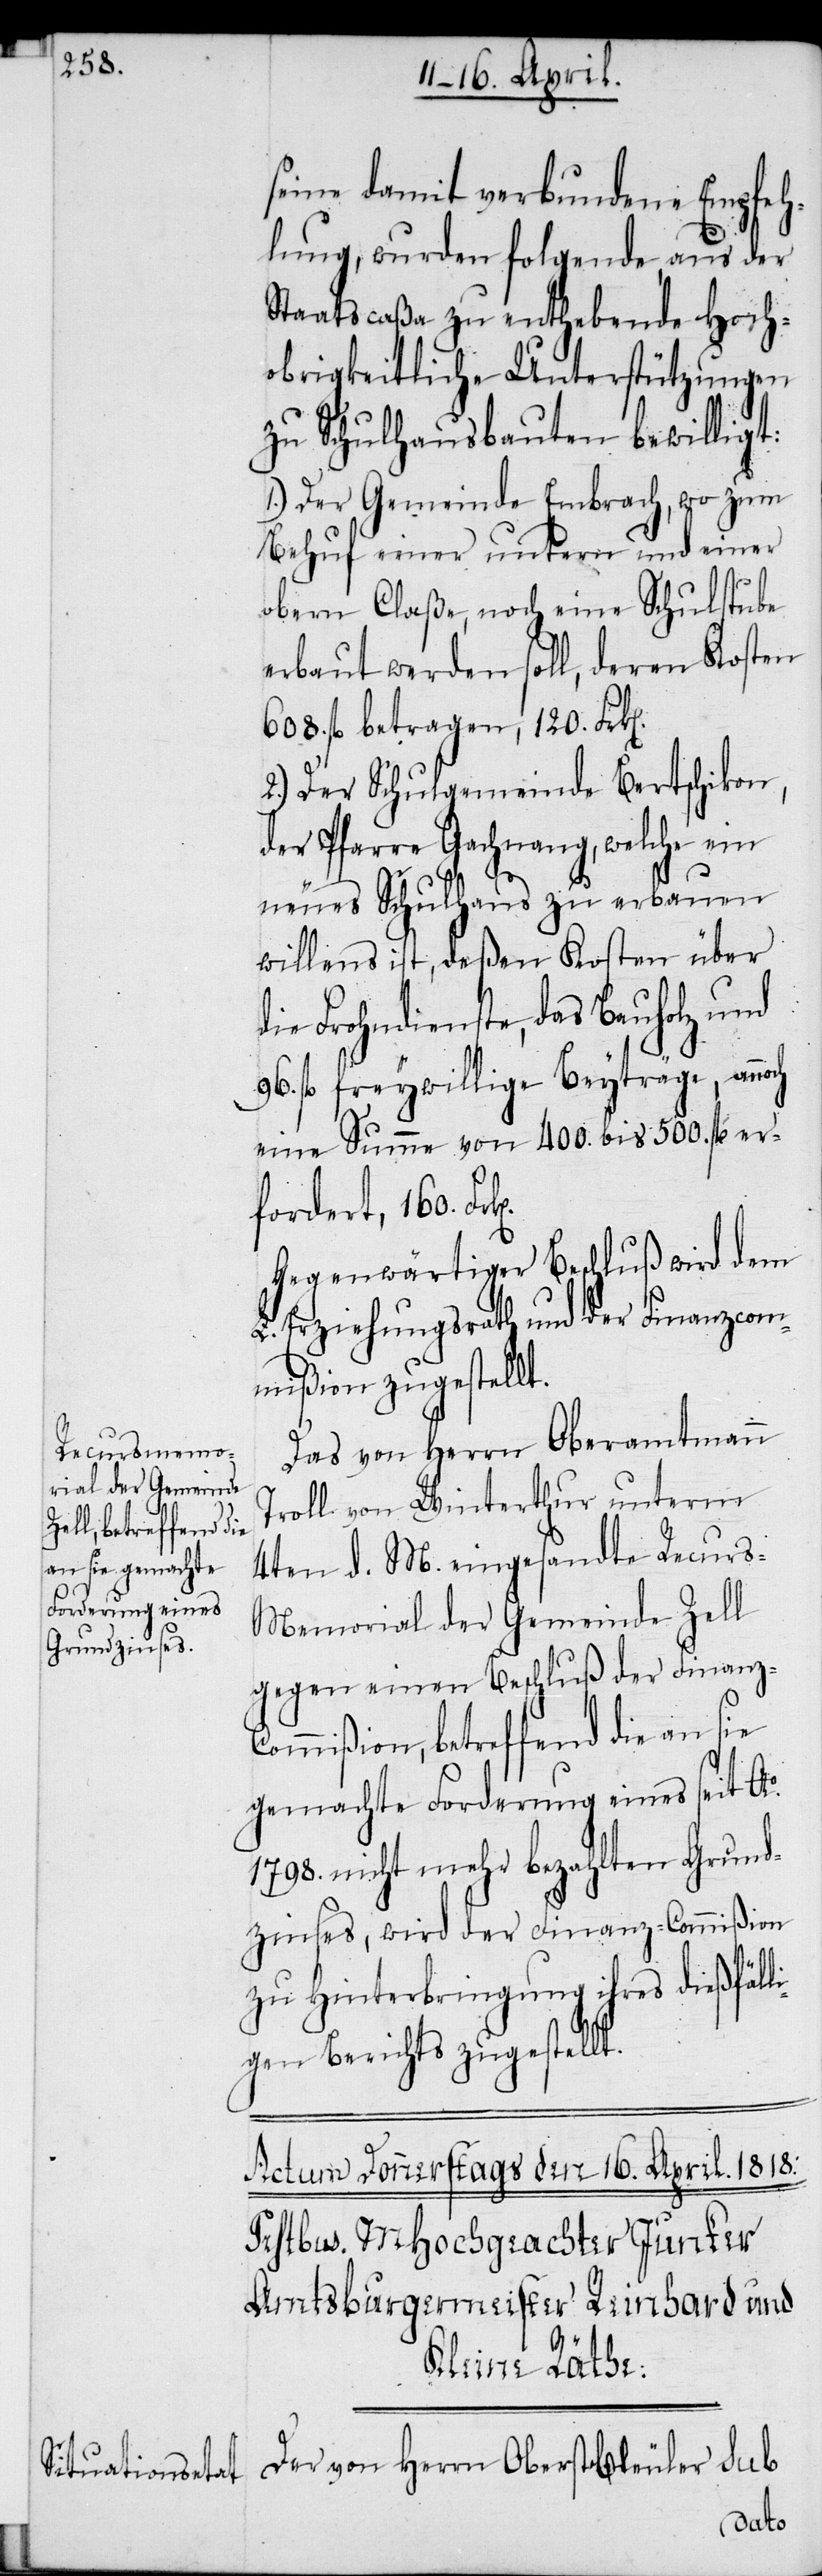
n].

seine damit verbundene Empfeh¬
lung, wurden folgende, aus der
Staatscaßa zu enthebende Hoch¬
obrigkeitliche Unterstützungen
zu Schulhausbauten bewilligt:
1.) Der Gemeinde Embrach, wo zum
Behuf einer untern und einer
obern Claße, noch eine Schulstube
erbaut werden soll, deren Kosten
608. fl. betragen, 120. Frk[e¬
2.) Der Schulgemeinde Bertschikon,
der Pfarre Gachnang, welche ein
neues Schulhaus zu erbauen
willens ist, deßen Kosten über
die Frohndienste, das Bauholz und
96. fl freywillige Beyträge, annoch
eine Summe von 400. bis 500. fl er¬
fordert , 160.
Gegenwärtiger Beschluß wird dem
L. Erziehungsrath und der Finanzcom¬
mißion zugestellt.
Das von Herrn Oberamtmann
Troll von Winterthur unterm
4ten d. M. eingesandte Recurs-M¬
emorial der Gemeinde Zell
gegen einen Beschluß der Finanz-C¬
ommißion, betreffend die an sie
gemachte Forderung eines seit Ao.
1798. nicht mehr bezahlten Grund¬
zinses, wird der Finanz-Commißion
zu Hinterbringung ihres dießfäll¬
igen Berichts zugestellt.
Der von Herrn Oberst Bleuler sub